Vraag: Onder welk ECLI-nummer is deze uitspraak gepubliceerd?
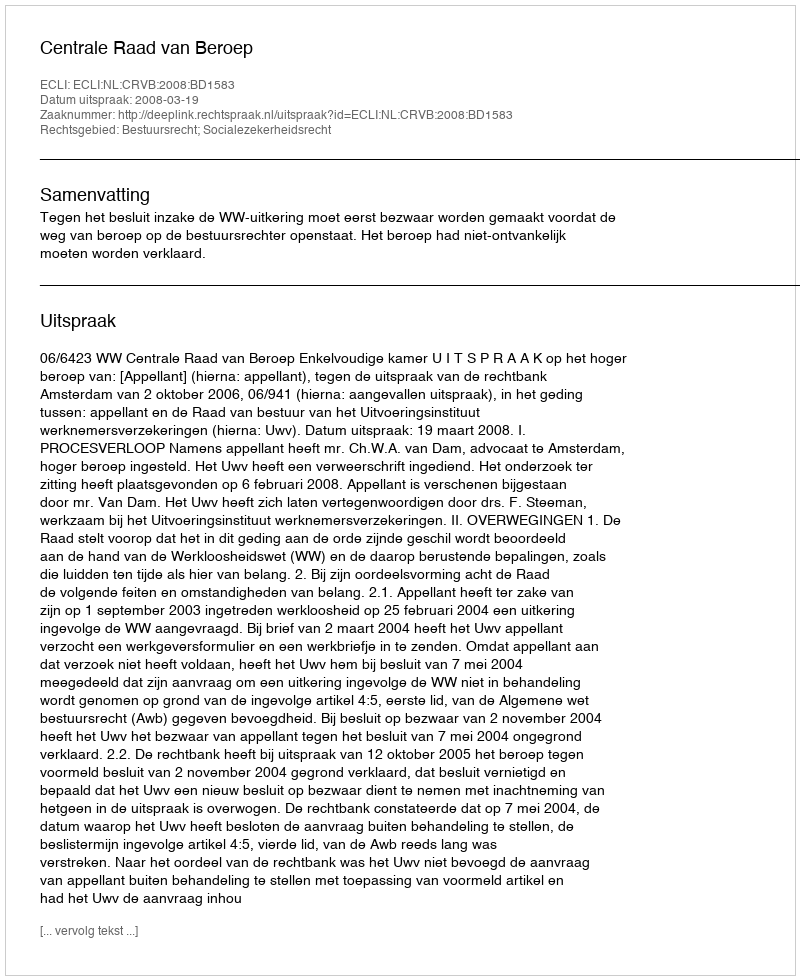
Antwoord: ECLI:NL:CRVB:2008:BD1583